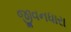
જીવનધારા